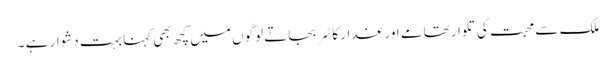
ملک سے محبت کی تلوار تھامے اور غدار کا سُر بجاتے لوگوں میں کچھ بھی کہنا بہت دشوار ہے ۔